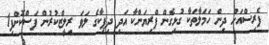
ޕެރިސްއަށް ދިން ހަމަލާތަކާ ގުޅިގެން ޕްރިޔަންކާ އަދި ދިޕިކާގެ ލަވަ ރިލީޒްކުރުން ފަސްކޮށްފި1